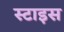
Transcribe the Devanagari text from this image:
स्टाइस